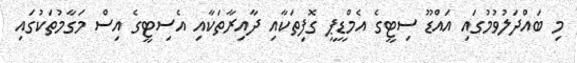
މި ބައްދަލުވުމުގައި އައްޑޫ ސިޓީގެ އެމްޑީޕީ ގޮފިތަކާއި ދާއިރާތަކާއި އެސިޓީގެ އިސް މަގާމުތަކުގައި